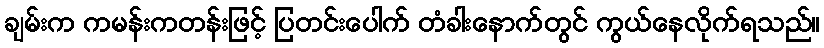
ချမ်းက ကမန်းကတန်းဖြင့် ပြတင်းပေါက် တံခါးနောက်တွင် ကွယ်နေလိုက်ရသည်။